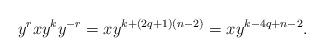
LaTeX: \begin{align*} y^rxy^ky^{-r}=xy^{k+(2q+1)(n-2)}=xy^{k-4q+n-2}. \end{align*}